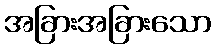
အခြားအခြားသော